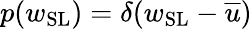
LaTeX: p(w_{\mathrm{SL}})=\delta(w_{\mathrm{SL}}-\overline{u})